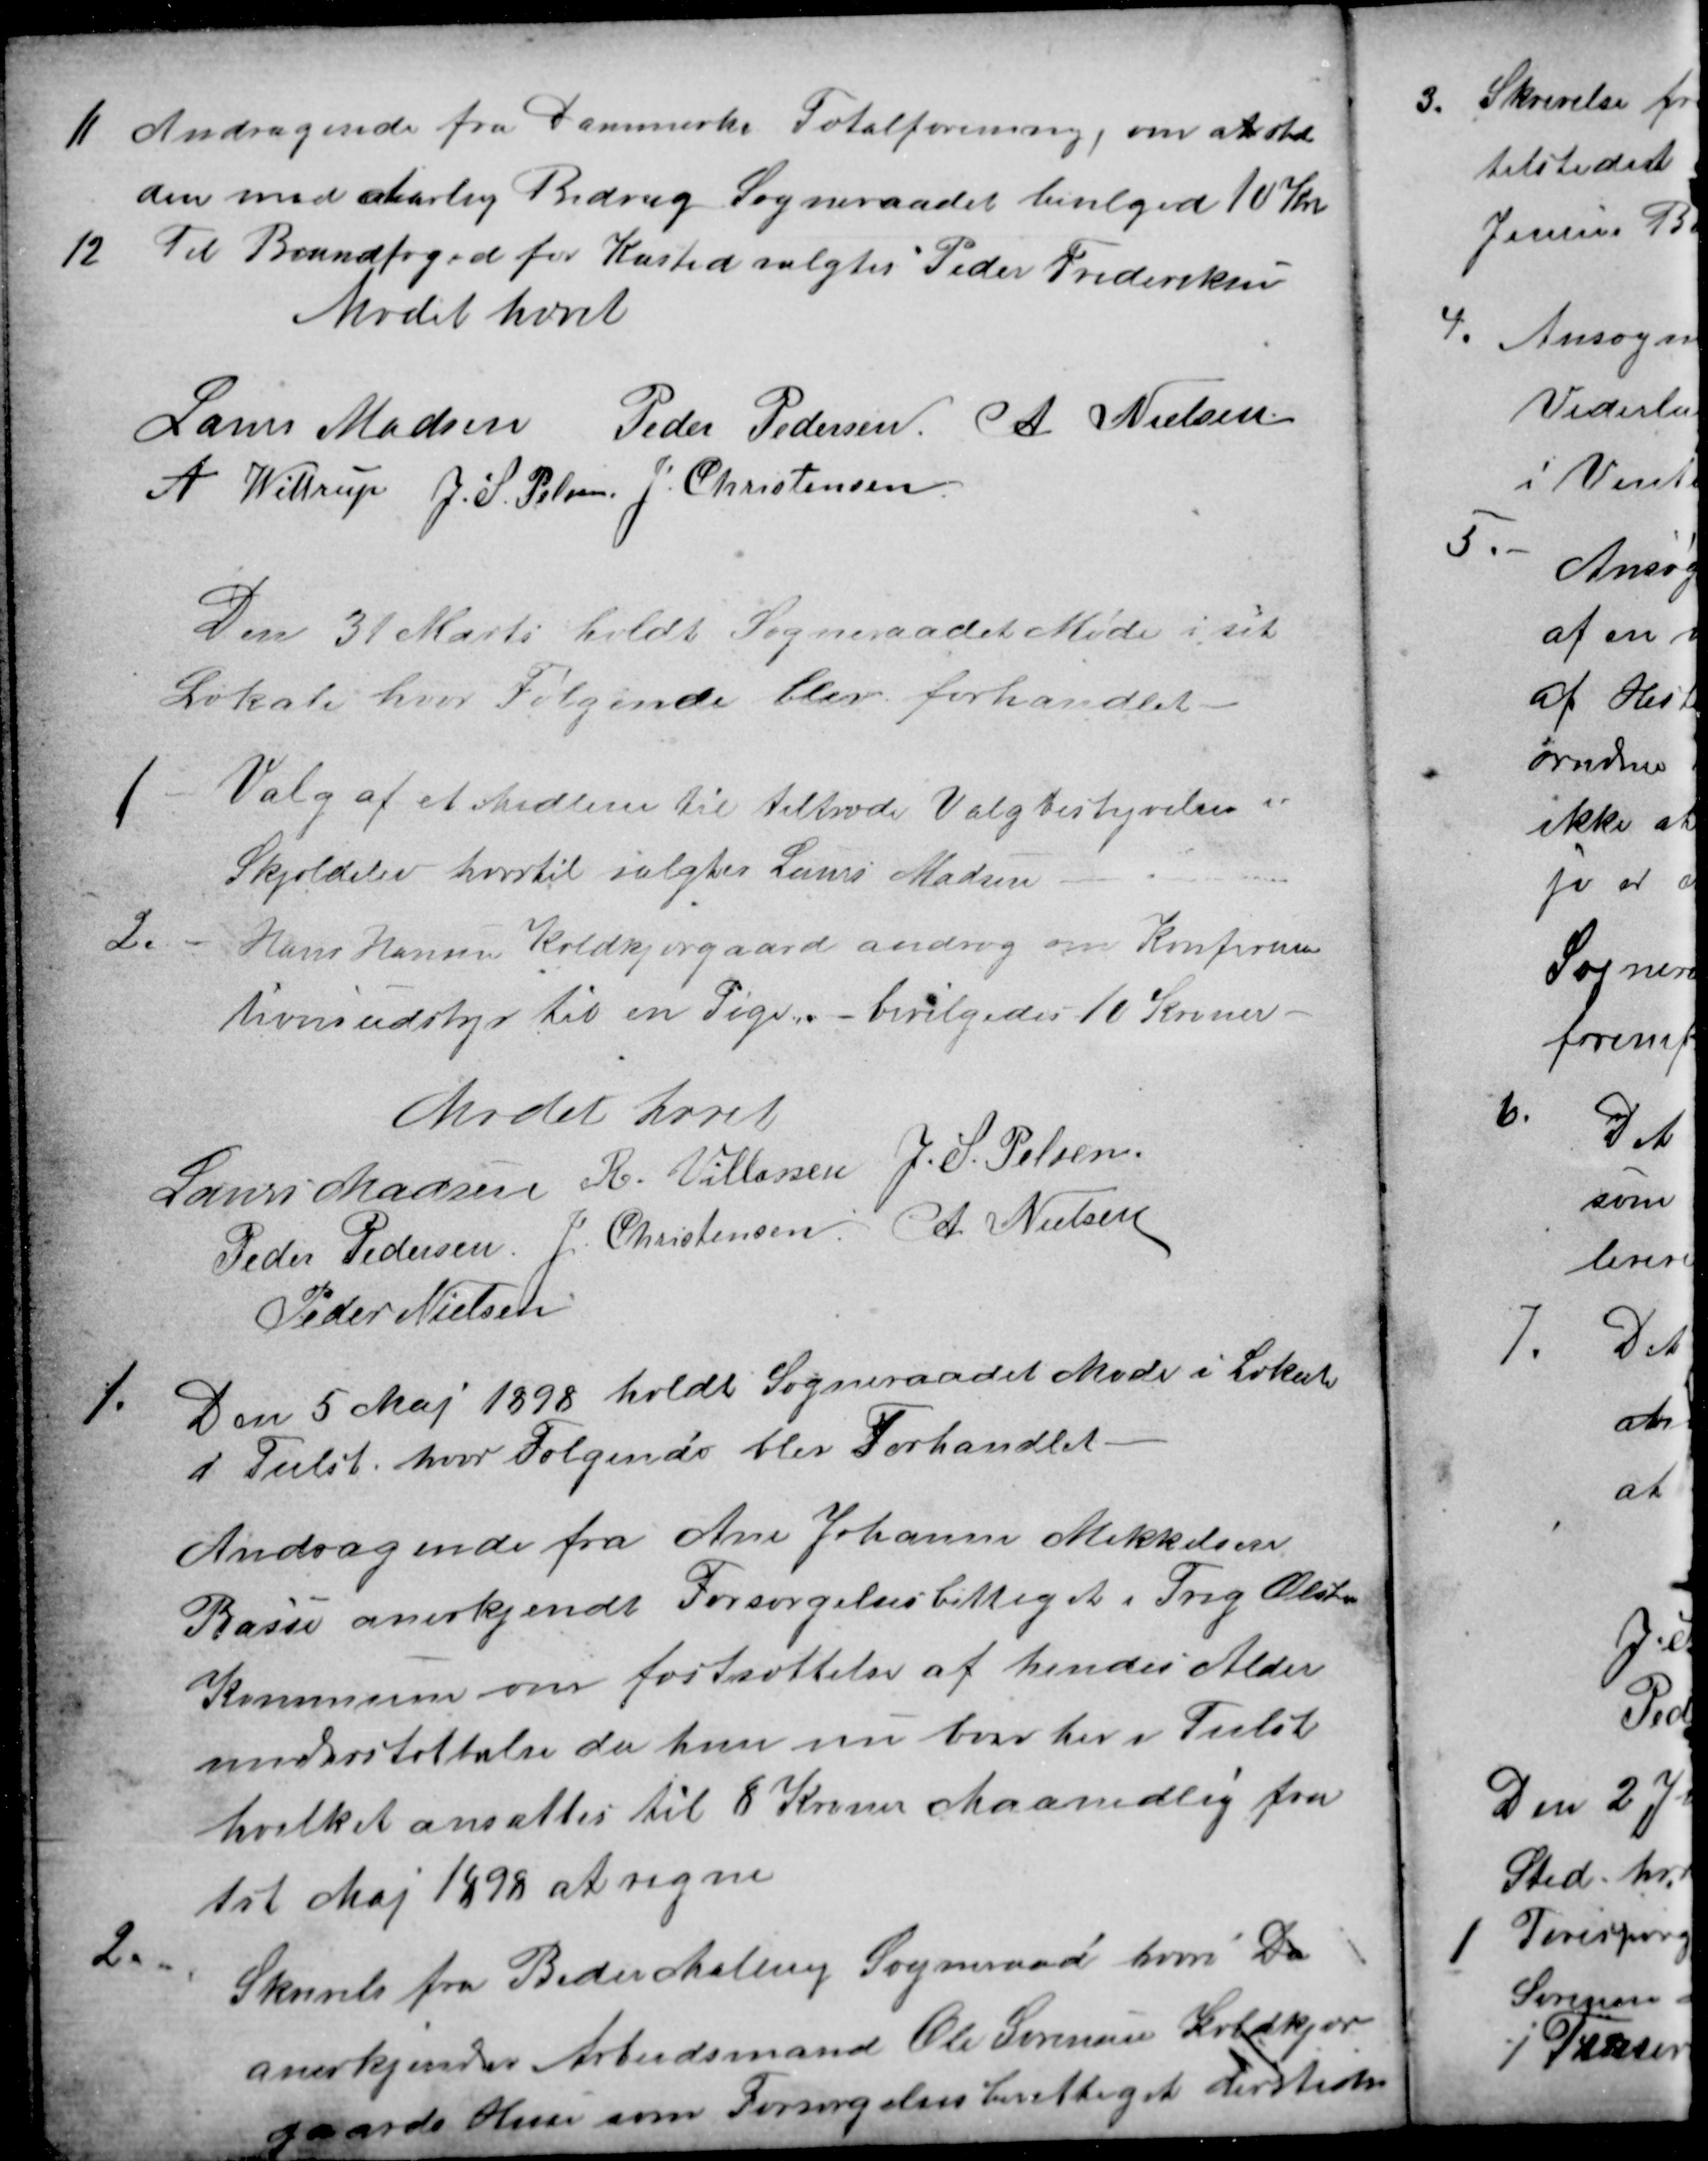
Transskription:
11
Andragende fra Danmarks Totalforening, om at støt
den med Aarlig Bidrag Sogneraadet bevilgede 10 Kr
12
Til Brandfoged for Kasted valgtes Peder Frederiksen
Mødet hævet
Laurs Madsen
Peder Pedersen
 A. Nielsen
A. Wittrup
J. S. Pelsen
J. Christensen
Den 31 Marts holdt Sogneraadet Møde i sit
Lokale hvor Følgende blev forhandlet
1
Valg af et Medlem til tiltræde Valgbestyrelsen i
Skjoldelev hvortil valgtes Laurs Madsen
2.
Hans Hansen Koldkjærgaard androg om Konfirma-
tionsudstyr til en Pige. - bevilgedes 10 Kroner
Mødet hævet
Laurs Madsen
R. Villassen
J. S. Pelsen
Peder Pedersen
J. Christensen
A. Nielsen
Peder Nielsen
1.
Den 5 Maj 1898 holdt Sogneraadet Møde i Lokale
i Tiilst, hvor Følgende blev Forhandlet.
Andragende fra Ane Johanne Mikkelsen
Basse anerkjendt Forsørgelsesbettiget i Trig Ølsted
Kommune om fastsættelse af hendes Alder
understøttelse da hun nu boer her i Tiilst
hvilket ansattes til 8 Kroner Maanedlig fra
1st Maj 1898 at regne
2.
Skrivelse fra Beder Malling Sogneraad hvori De
anerkjender Arbeidsmand Ole Sørensen Koldkjær
gaarde Huse som Forsørgelsesberettiget dersteds